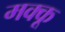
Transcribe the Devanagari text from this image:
मक्‍कू